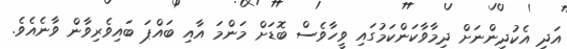
އަދި އެކުދިންނަށް ދިމާވާކަންކަމުގައި ވީހާވެސް ބޮޑަށް މަންމަ އާއި ބައްޕަ ބައިވެރިވާން ވާނެއެވެ.